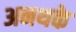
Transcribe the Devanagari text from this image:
अनथके